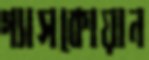
গ্যাসকোয়ান